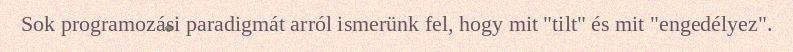
Sok programozási paradigmát arról ismerünk fel, hogy mit "tilt" és mit "engedélyez".